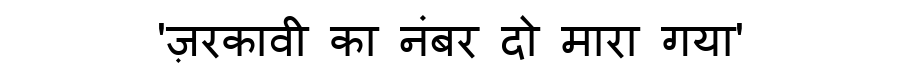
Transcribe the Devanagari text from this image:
'ज़रकावी का नंबर दो मारा गया'